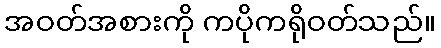
အဝတ်အစားကို ကပိုကရိုဝတ်သည်။